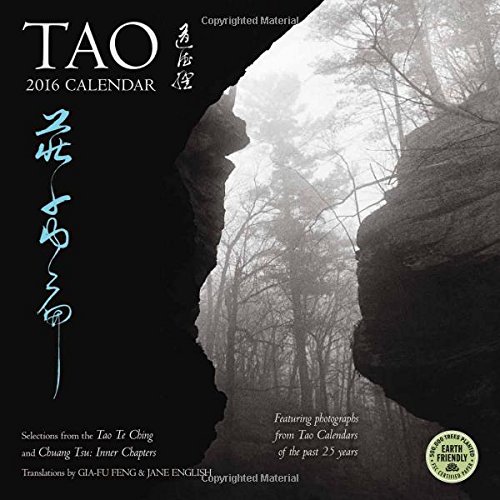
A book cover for Tao 2016 Wall Calendar; Lao Tsu; Religion & Spirituality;